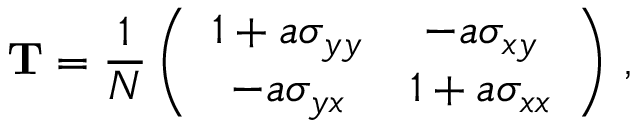
{ \bf T } = \frac { 1 } { N } \left( \begin{array} { c c } { 1 + a \sigma _ { y y } } & { - a \sigma _ { x y } } \\ { - a \sigma _ { y x } } & { 1 + a \sigma _ { x x } } \end{array} \right) \, ,